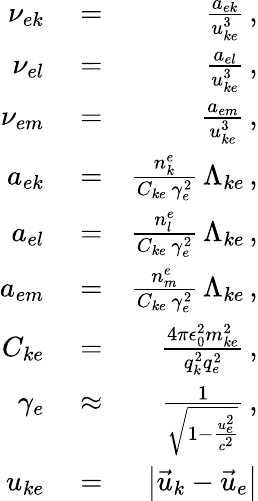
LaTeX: \begin{array}{rlr}{\nu_{ek}}&{{}=}&{\frac{a_{ek}}{u_{ke}^{3}}\, ,}\\ {\nu_{el}}&{{}=}&{\frac{a_{el}}{u_{ke}^{3}}\, ,}\\ {\nu_{em}}&{{}=}&{\frac{a_{em}}{u_{ke}^{3}}\, ,}\\ {a_{ek}}&{{}=}&{\frac{n_{k}^{e}}{C_{ke}\, \gamma_{e}^{2}}\, \Lambda_{ke}\, ,}\\ {a_{el}}&{{}=}&{\frac{n_{l}^{e}}{C_{ke}\, \gamma_{e}^{2}}\, \Lambda_{ke}\, ,}\\ {a_{em}}&{{}=}&{\frac{n_{m}^{e}}{C_{ke}\, \gamma_{e}^{2}}\, \Lambda_{ke}\, ,}\\ {C_{ke}}&{{}=}&{\frac{4\pi\epsilon_{0}^{2}m_{ke}^{2}}{q_{k}^{2}q_{e}^{2}}\, ,}\\ {\gamma_{e}}&{{}\approx}&{\frac{1}{\sqrt{1-\frac{u_{e}^{2}}{c^{2}}}}\, ,}\\ {u_{ke}}&{{}=}&{\left|\vec{u}_{k}-\vec{u}_{e}\right|}\end{array}